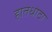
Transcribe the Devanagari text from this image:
हातधोटा